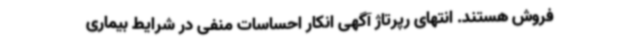
فروش هستند. انتهای رپرتاژ آگهی انکار احساسات منفی در شرایط بیماری